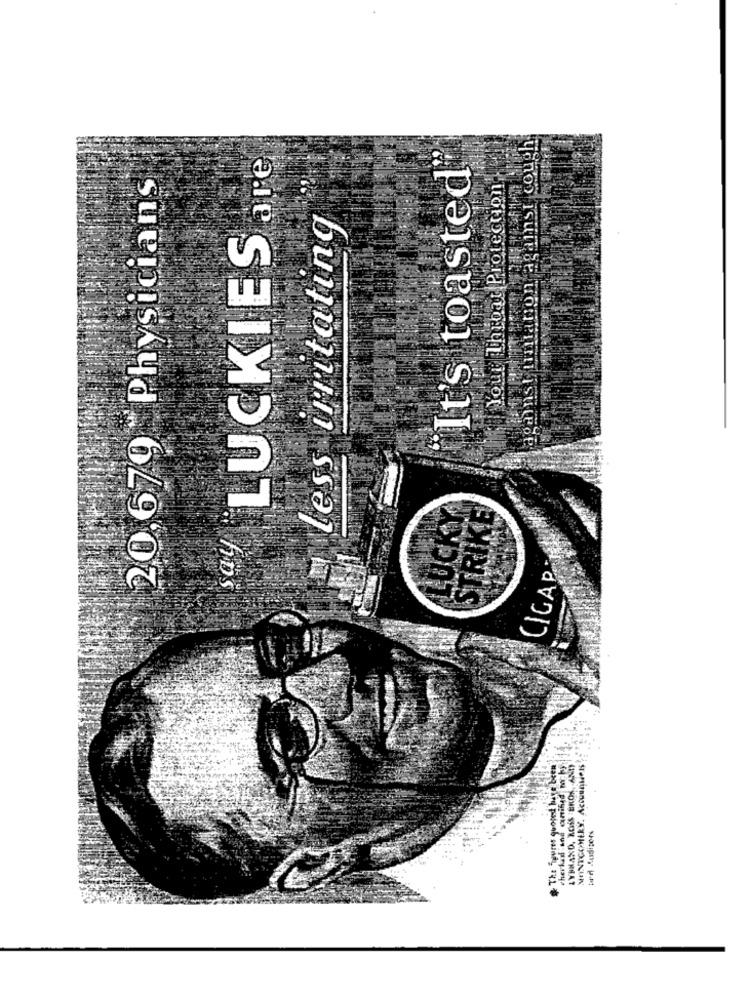
against imiation against cough.
are
"It's toasted"
20,679 Physicians
Your Throat Protection
less irritating
LUCKIES
LUCKY
say
TRI
CIGAP
The igures quored here been
cherkas and cartihad why
LYNNAND, ROSS EROS, ANDY
MONTGOMERY. AcouunNet
wird Musipers